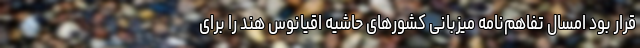
قرار بود امسال تفاهم‌نامه میزبانی کشورهای حاشیه اقیانوس هند را برای